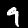
Label: 9